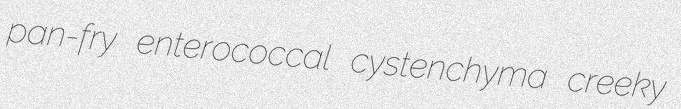
pan-fry enterococcal cystenchyma creeky